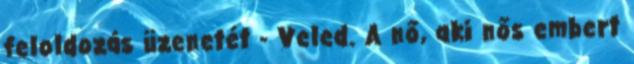
feloldozás üzenetét - Veled. A nő, aki nős embert